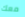
معك